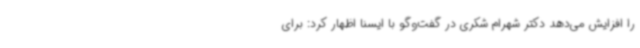
را افزایش می‌دهد دکتر شهرام شکری در گفت‌وگو با ایسنا اظهار کرد: برای